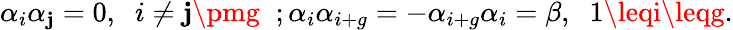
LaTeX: \alpha_{i}\alpha_{\mathbf{j}}=0,\; \; i\neq\mathbf{j}\pmg\; \; ;\alpha_{i}\alpha_{i+g}=-\alpha_{i+g}\alpha_{i}=\beta,\; \; 1\leqi\leqg.